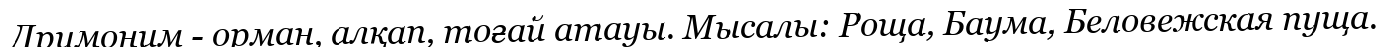
Дримоним - орман, алқап, тоғай атауы. Мысалы: Роща, Баума, Беловежская пуща.